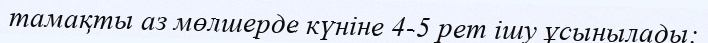
тамақты аз мөлшерде күніне 4-5 рет ішу ұсынылады;